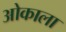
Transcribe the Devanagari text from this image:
ओकाला